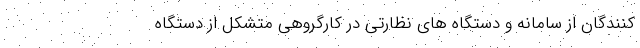
کنندگان از سامانه و دستگاه های نظارتی در کارگروهی متشکل از دستگاه